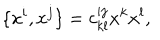
\{ x ^ { i } , x ^ { j } \} = c _ { k l } ^ { i j } x ^ { k } x ^ { l } ,